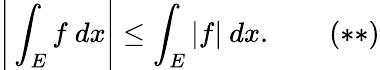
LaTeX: {\Bigg|}\int_{E}f\ dx{\Bigg|}\leq\int_{E}|f|\ dx.\quad\quad(**)